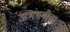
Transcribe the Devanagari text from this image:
अभंगगीता